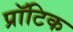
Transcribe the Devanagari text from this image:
प्रॉटिक